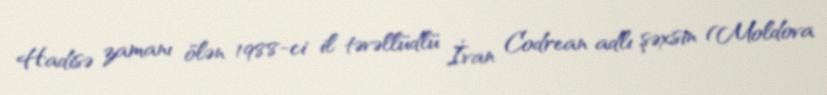
Hadisə zamanı ölən 1988-ci il təvəllüdlü İvan Codrean adlı şəxsin (Moldova